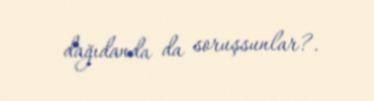
dağıdanda da soruşsunlar?.